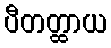
ပီတတ္ထာယ